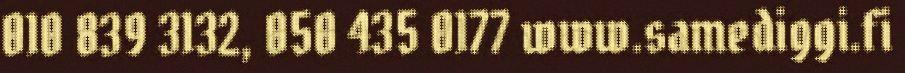
010 839 3132, 050 435 0177 www.samediggi.fi